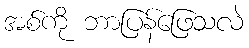
အစ်ကို ဘာပြန်ဖြေသလဲ